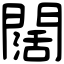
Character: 闊